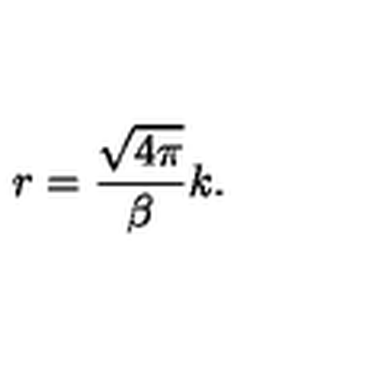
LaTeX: r = \frac { \sqrt { 4 \pi } } { \beta } k .